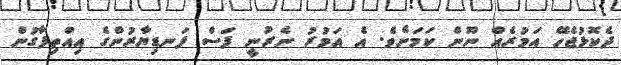
ދެކޮޅުޖެހޭ އަމުރެއް ނޫން ކަމަށެވެ. އެ އަމުރު ނެރުނީ ފަސް ފަނޑިޔާރުންގެ އިއްތިފާގުން